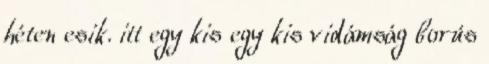
héten esik. itt egy kis egy kis vidámság borús